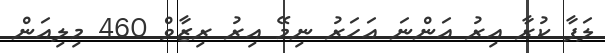
ލަފާ ކުރާ އިރު އަންނަ އަހަރު ނިމޭ އިރު ރިޒާވް 460 މިލިއަން